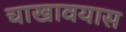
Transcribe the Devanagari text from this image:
चाखावयास